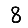
Digit: 8